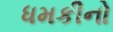
ધમકીનો